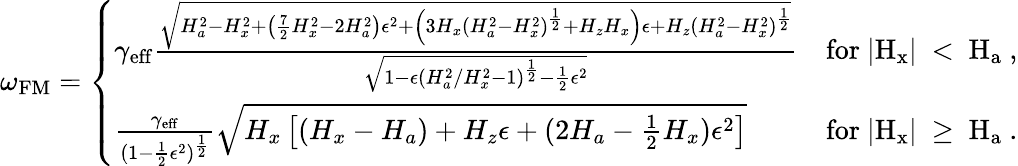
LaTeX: \omega_{\mathrm{FM}}=\left\{ \begin{array}{ll}{\gamma_{\mathrm{eff}}\frac{\sqrt{H_{a}^{2}-H_{x}^{2}+\left(\frac{7}{2}H_{x}^{2}-2H_{a}^{2}\right)\epsilon^{2}+\left(3H_{x}(H_{a}^{2}-H_{x}^{2})^{\frac{1}{2}}+H_{z}H_{x}\right)\epsilon+H_{z}(H_{a}^{2}-H_{x}^{2})^{\frac{1}{2}}}}{\sqrt{1-\epsilon(H_{a}^{2}/H_{x}^{2}-1)^{\frac{1}{2}}-\frac{1}{2}\epsilon^{2}}}}&{\mathrm{for~|{H_x}|~<~H_a~,}}\\ {\frac{\gamma_{\mathrm{eff}}}{(1-\frac{1}{2}\epsilon^{2})^{\frac{1}{2}}}\sqrt{H_{x}\left[\left(H_{x}-H_{a}\right)+H_{z}\epsilon+(2H_{a}-\frac{1}{2}H_{x})\epsilon^{2}\right]}}&{\mathrm{for~|{H_x}|~\geq~H_a~.}}\end{array}\right.